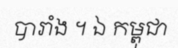
បារាំង ។ ឯ កម្ពុជា